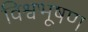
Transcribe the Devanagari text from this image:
विश्वभूषण